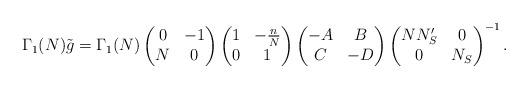
LaTeX: \begin{align*}\Gamma_1(N)\tilde{g} = \Gamma_1(N)\begin{pmatrix}0&-1\\ N& 0\end{pmatrix}\begin{pmatrix}1&-\frac{n}{N}\\0&1\end{pmatrix}\begin{pmatrix}-A&B\\C&-D\end{pmatrix}\begin{pmatrix} N N'_S & 0 \\ 0 & N_S \end{pmatrix}^{-1}.\end{align*}